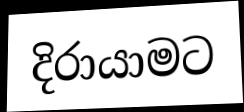
දිරායාමට